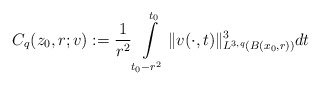
\begin{align*}C_{q}(z_{0},r;v):=\frac{1}{r^2}\int\limits_{t_0-r^2}^{t_0}\|v(\cdot,t)\|_{L^{3,q}(B(x_{0},r))}^3 dt\end{align*}